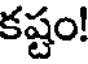
కష్టం!